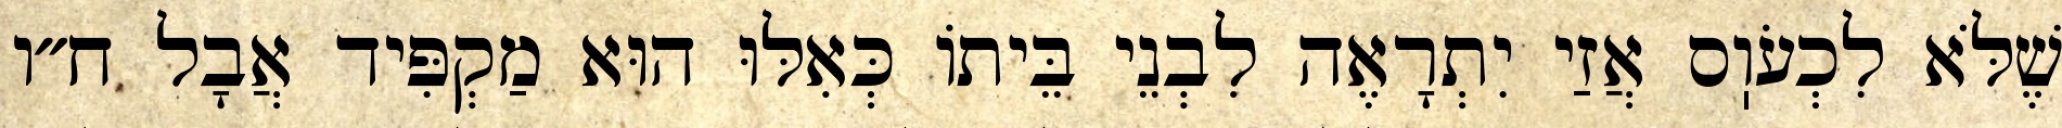
שֶׁלֹּא לִכְעֹוֽס אֲזַי יִתְרָאֶה לִבְנֵי בֵּיתוֹ כְּאִלּוּ הוּא מַקְפִּיד אֲבָל ח״ו